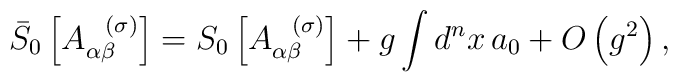
\bar{S}_{0}\left[ A_{\alpha \beta }^{\;\;\;(\sigma )}\right] =S_{0}\left[A_{\alpha \beta }^{\;\;\;(\sigma )}\right] +g\int d^{n}x\,a_{0}+O\left(g^{2}\right) ,